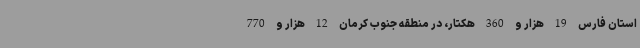
استان فارس 19 هزار و 360 هکتار، در منطقه جنوب کرمان 12 هزار و 770